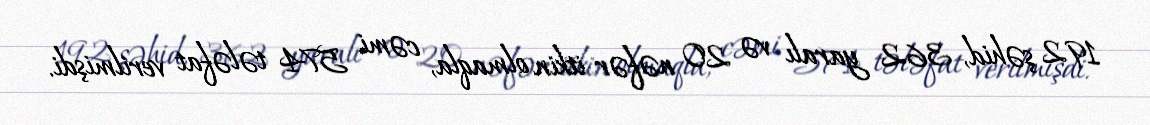
192 şəhid, 362 yaralı və 20 nəfər itkin olmaqla, cəmi 574 tələfat verilmişdi.